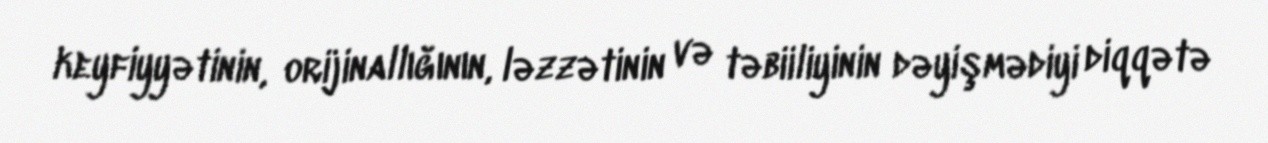
keyfiyyətinin, orijinallığının, ləzzətinin və təbiiliyinin dəyişmədiyi diqqətə